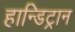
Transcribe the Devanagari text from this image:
हान्डिट्रान